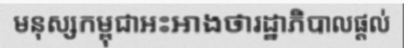
មនុស្សកម្ពុជាអះអាងថារដ្ឋាភិបាលផ្តល់